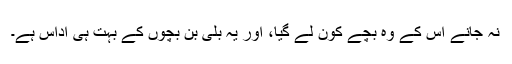
نہ جانے اس کے وہ بچے کون لے گیا، اور یہ بلی بن بچوں کے بہت ہی اُداس ہے۔